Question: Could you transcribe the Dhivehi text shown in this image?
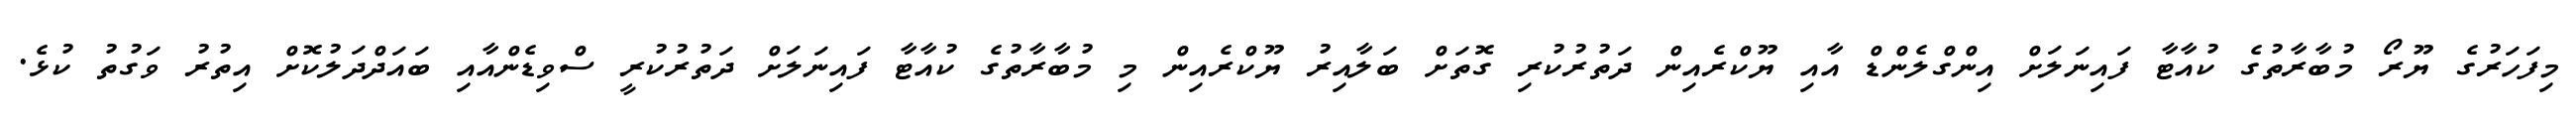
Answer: މިފަހަރުގެ ޔޫރޯ މުބާރާތުގެ ކުއާޓާ ފައިނަލަށް އިންގްލެންޑް އާއި ޔޫކްރެއިން ދަތުރުކުރި ގޮތަށް ބަލާއިރު ޔޫކްރެއިން މި މުބާރާތުގެ ކުއާޓާ ފައިނަލަށް ދަތުރުކުރީ ސްވިޑެންއާއި ބައަދްދަލުކޮށް އިތުރު ވަގުތު ކުޅެ.